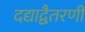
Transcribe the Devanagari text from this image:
दद्याद्वैतरणीं